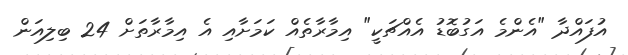
އުފައްދާ "އެންމެ އަގުބޮޑު އެއްޗަކީ" އިމާރާތެއް ކަމަށާއި އެ އިމާރާތަށް 24 ބިލިއަން